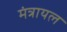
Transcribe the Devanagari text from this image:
मंत्रायल